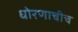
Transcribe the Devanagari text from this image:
धोरणाचीच